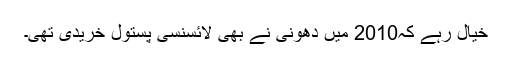
خیال رہے کہ2010 میں دھونی نے بھی لائسنسی پستول خریدی تھی۔